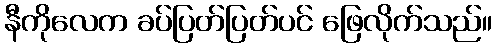
နီကိုလေက ခပ်ပြတ်ပြတ်ပင် ဖြေလိုက်သည်။